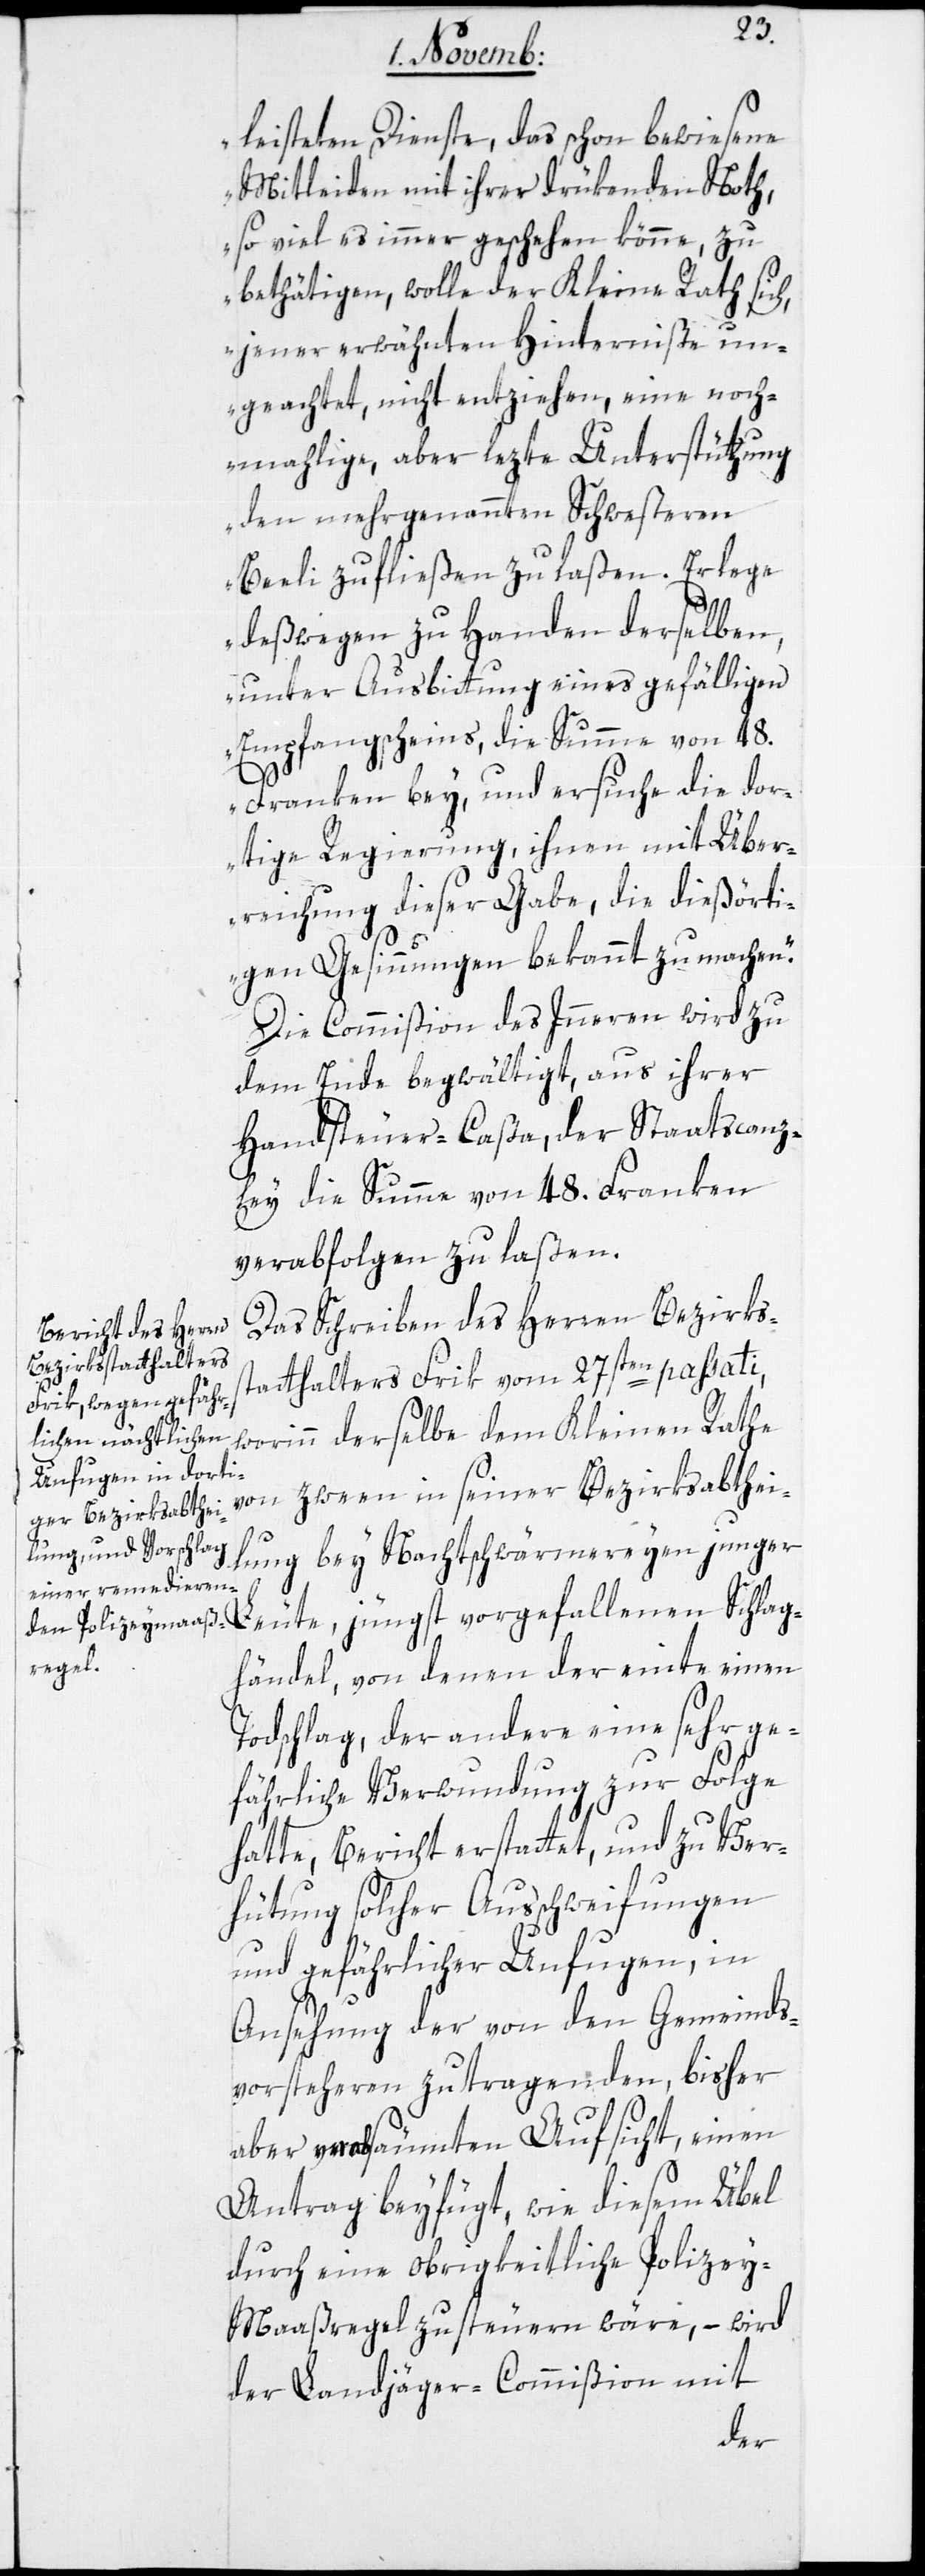
leisteten Dienste, das schon bewiesene
Mitleiden mit ihrer drükenden Noth,
so viel es immer geschehen könne, zu
betätigen, wolle der Kleine Rath sich,
jener erwähnten Hinterniße un¬
geachtet, nicht entziehen, eine noch¬
mahlige, aber lezte Unterstützung
den mehrgenannten Schwestern
Beeli zufließen zu laßen. Er lege
deßwegen zu Handen derselben,
unter Ausbittung eines gefälligen
Empfangscheins, die Summe von 48.
Franken bey, und ersuche die dor¬
tige Regierung, ihnen mit Über¬
reichung dieser Gabe, die dießörti¬
gen Gesinnungen bekannt zu machen.“
Die Commißion des Inneren wird zu
dem Ende begwältigt, aus ihrer
Handsteuer-Caßa, der Staatscanz¬
ley die Summe von 48. Franken
verabfolgen zu laßen.
Das Schreiben des Herren Bezirks¬
statthalters Frik vom 27sten passati,
worinn derselbe dem Kleinen Rathe
von zween in seiner Bezirksabthei¬
lung bey Nachtschwärmereyen junger
Leute, jüngst vorgefallenen Schlag¬
händel, von denen der einte einen
Todschlag, der andere eine sehr ge¬
fährliche Verwundung zur Folge
hatte, Bericht erstattet, und zu Ver¬
hütung solcher Ausschweifungen
und gefährlicher Unfugen, in
Ansehung der von den Gemeinds¬
vorstehern zu tragenden, bisher
aber versäumten Aufsicht, einen
Antrag beyfügt, wie diesem Übel
durch eine obrigkeitliche Polize¬
y-Maaßregel zu steuern wäre, – wird
der Landjäger-Commißion mit